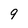
Character: 9